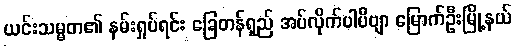
ယင်းသမ္မတ၏ နမ်းရှုပ်ရင်း ခြေတန်ရှည် အပ်လိုက်ပါပီဗျာ မြောက်ဦးမြို့နယ်